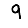
Digit: 9